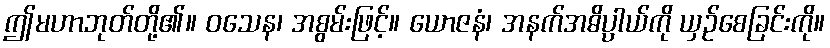
ဤမဟာဘုတ်တို့၏။ ဝသေန၊ အစွမ်းဖြင့်။ ယောဇနံ၊ အနက်အဓိပ္ပာယ်ကို ယှဉ်စေခြင်းကို။